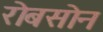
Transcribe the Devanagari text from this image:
रोबसोन